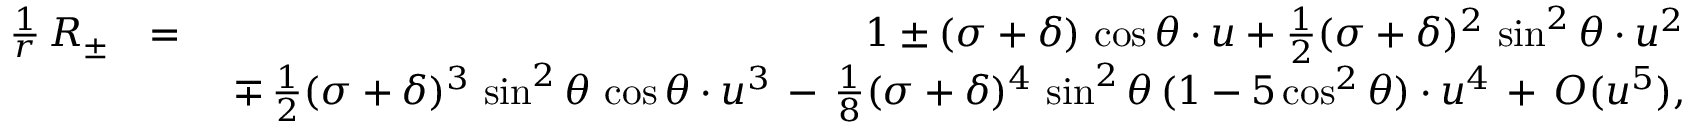
\begin{array} { r l r } { \frac { 1 } { r } \, R _ { \pm } } & { = } & { 1 \pm ( \sigma + \delta ) \, \cos \theta \cdot u + \frac { 1 } { 2 } ( \sigma + \delta ) ^ { 2 } \, \sin ^ { 2 } \theta \cdot u ^ { 2 } } \\ & { } & { \ \mp \, \frac { 1 } { 2 } ( \sigma + \delta ) ^ { 3 } \, \sin ^ { 2 } \theta \, \cos \theta \cdot u ^ { 3 } \, - \, \frac { 1 } { 8 } ( \sigma + \delta ) ^ { 4 } \, \sin ^ { 2 } \theta \, ( 1 - 5 \cos ^ { 2 } \theta ) \cdot u ^ { 4 } \, + \, { \cal O } ( u ^ { 5 } ) , } \end{array}